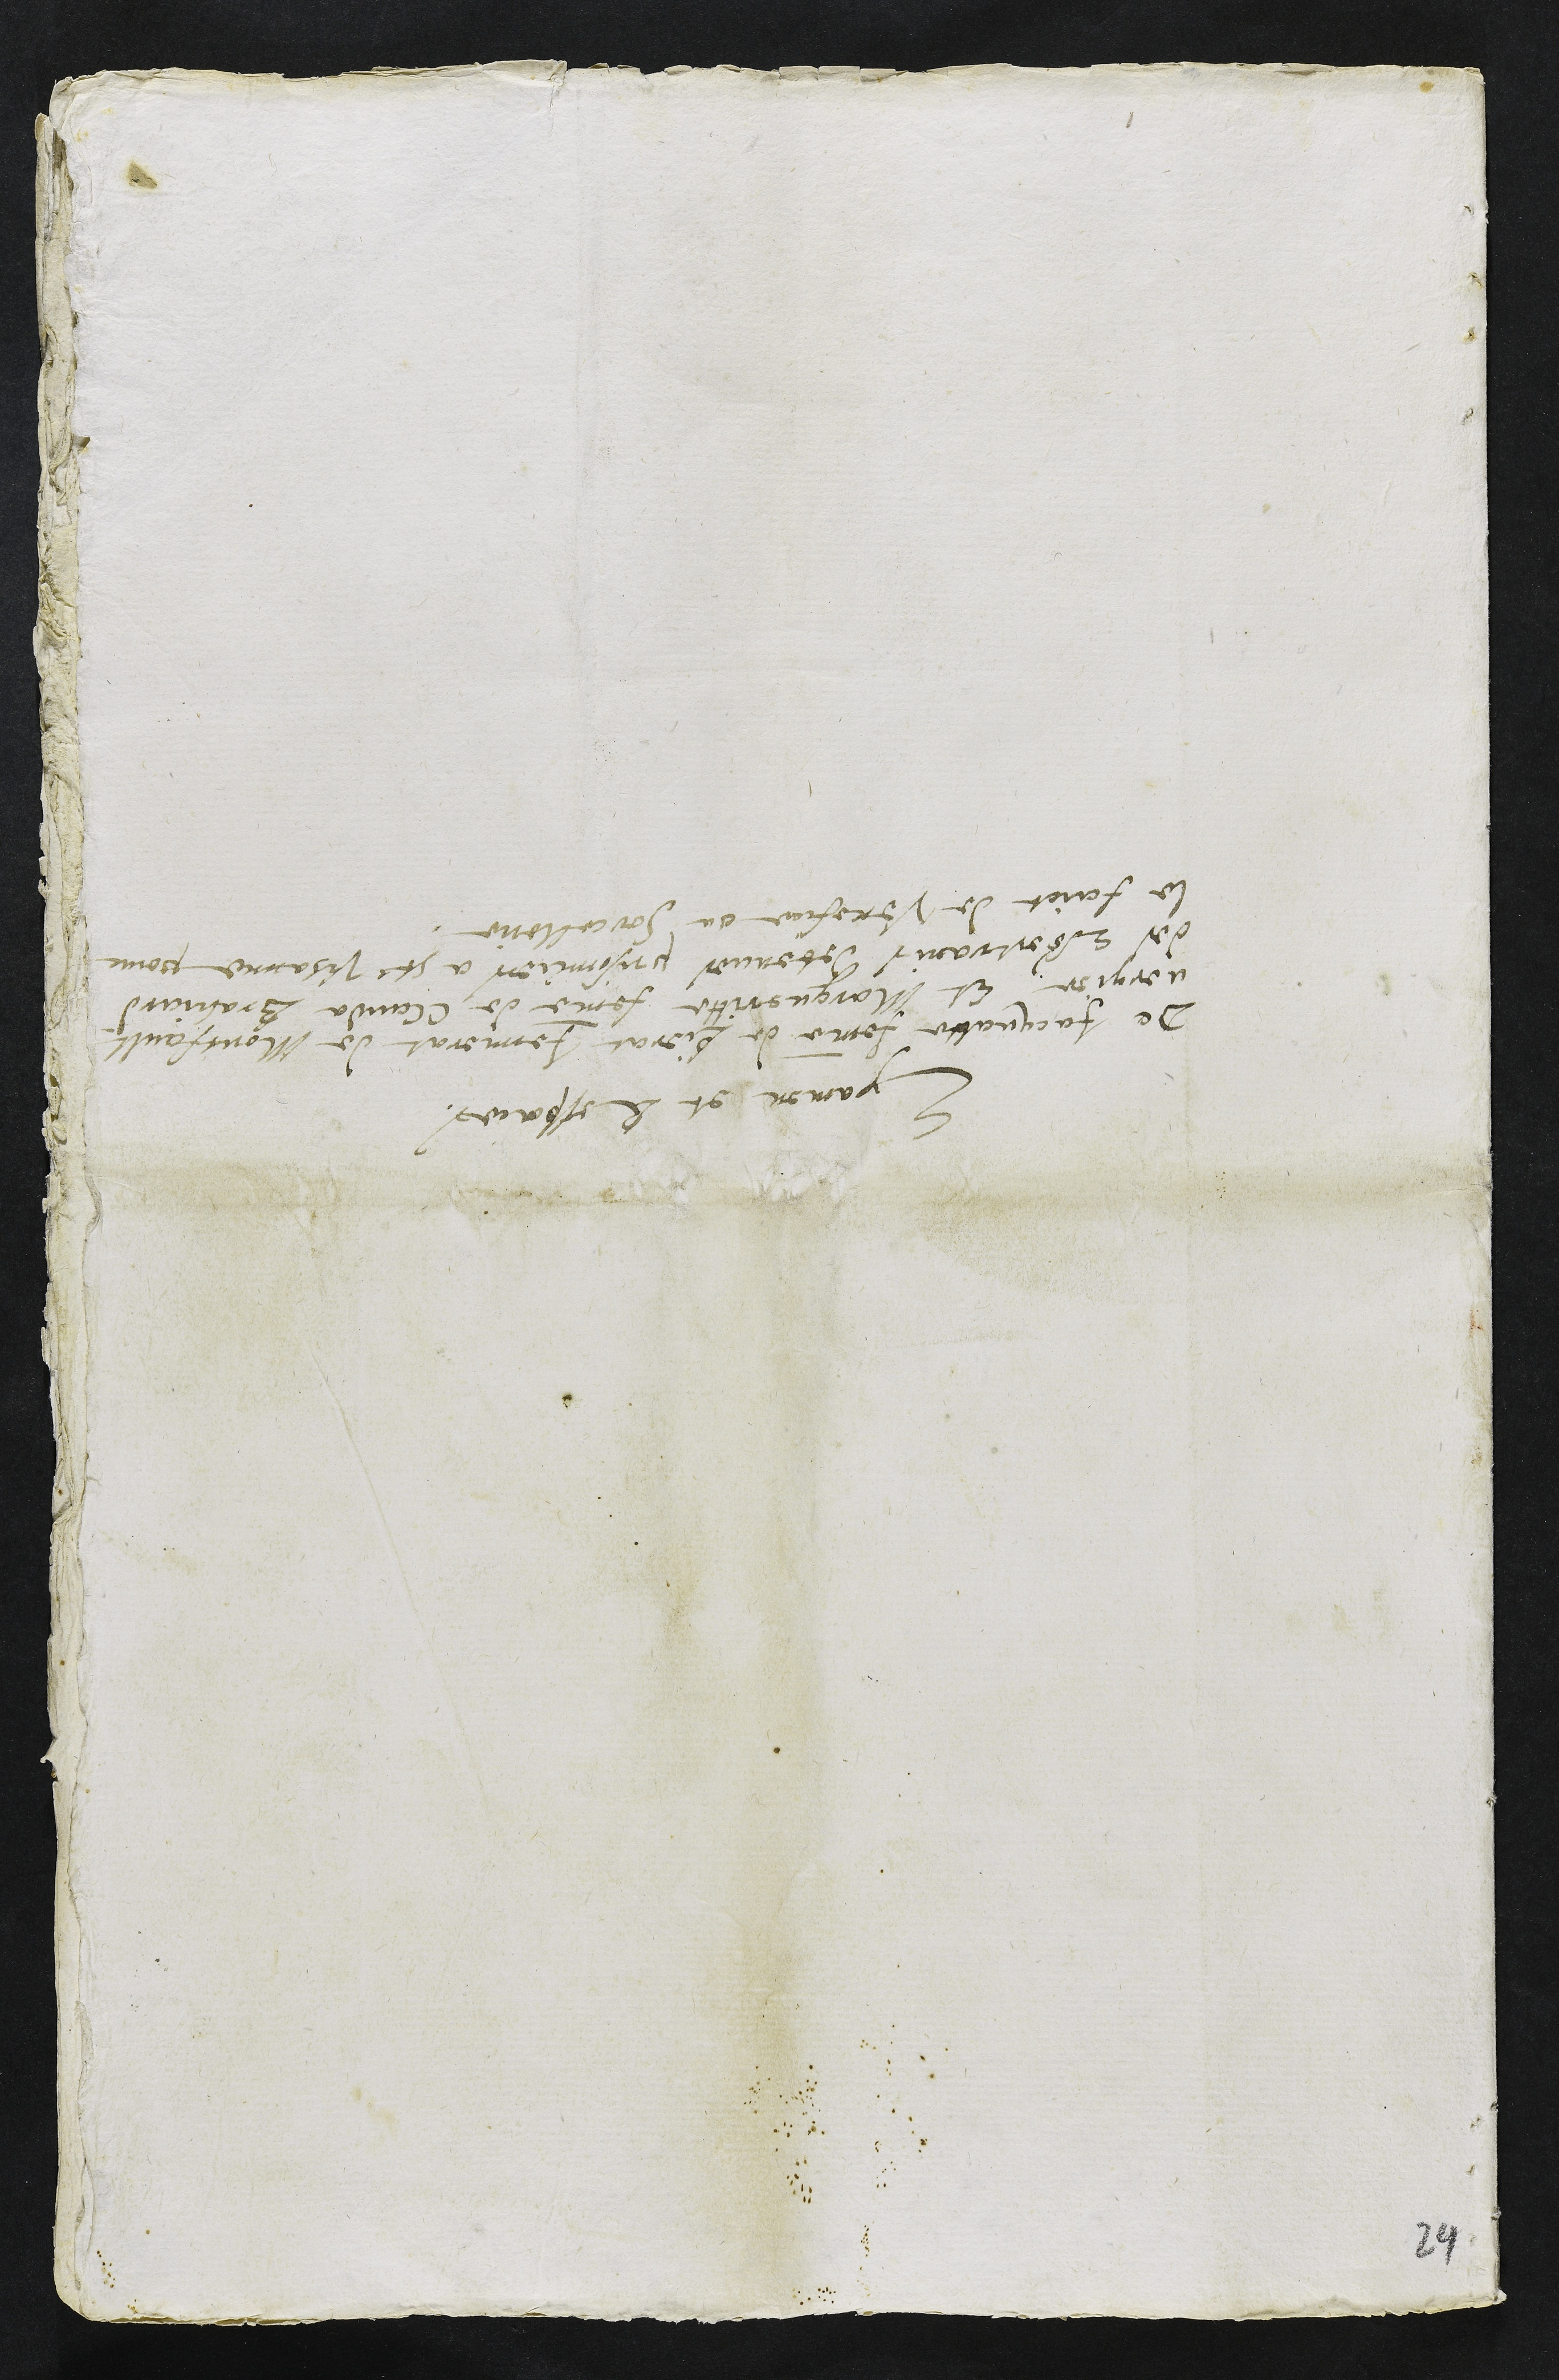
Examen et Responces
De Jacquatte femme de Pierat Jennerat de Montfault¬
vergier, Et Margueritte femme de Clauda Brahiard
des Essertrains detenues prisonnieres a st Ursanne pour
le faict de Venefice ou Sorcellerie
24